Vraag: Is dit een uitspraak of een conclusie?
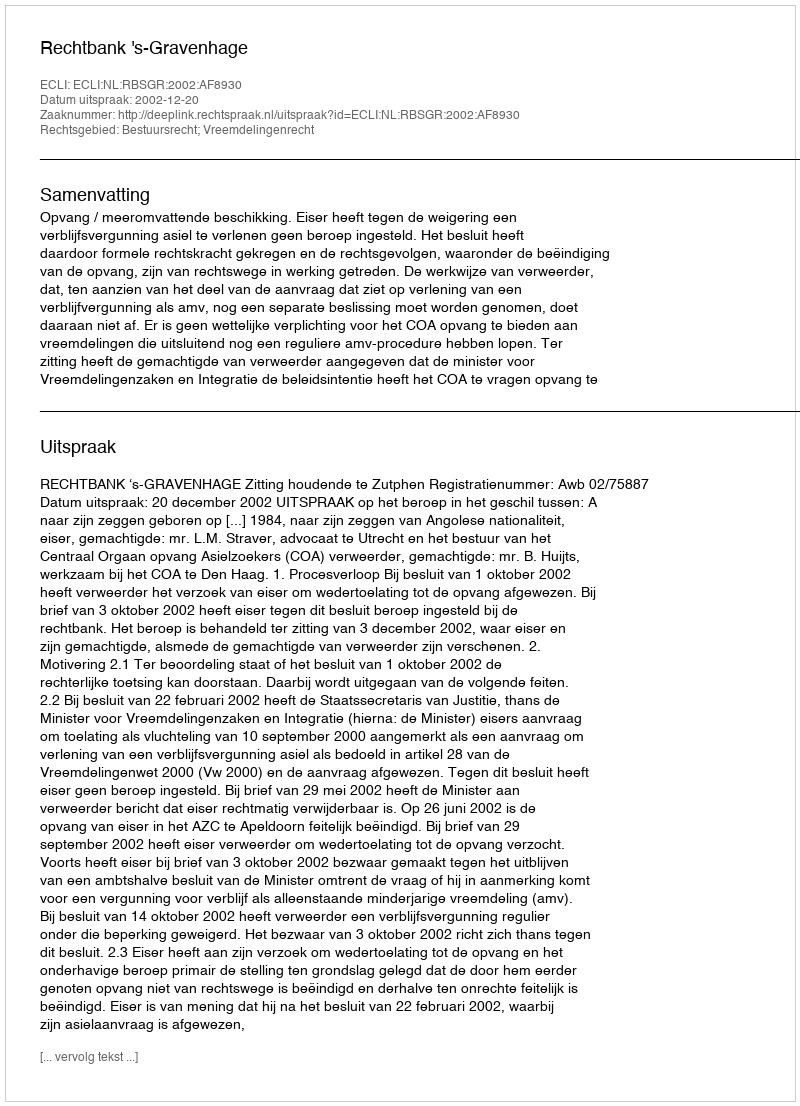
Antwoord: Uitspraak